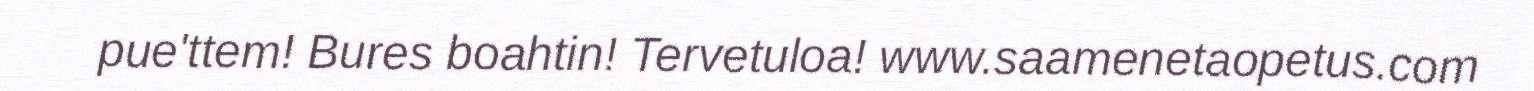
pue'ttem! Bures boahtin! Tervetuloa! www.saamenetaopetus.com